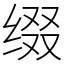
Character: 缀